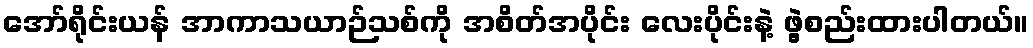
အော်ရိုင်းယန် အာကာသယာဉ်သစ်ကို အစိတ်အပိုင်း လေးပိုင်းနဲ့ ဖွဲ့စည်းထားပါတယ်။